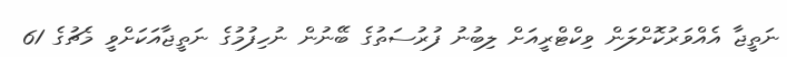
ނަތީޖާ އެއްވަރުކޮށްލަން ވިކްޓްރީއަށް ލިބުނު ފުރުސަތުގެ ބޭނުން ނުހިފުމުގެ ނަތީޖާއަކަށްވީ މެޗުގެ 61